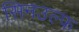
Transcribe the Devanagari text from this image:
सिनउल्फ